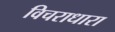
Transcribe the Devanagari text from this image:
विचराधारा